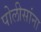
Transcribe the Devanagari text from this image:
पोलीसांना